Vital statistics of India. Vol. VI, European troops 1870-79
Year: 1870
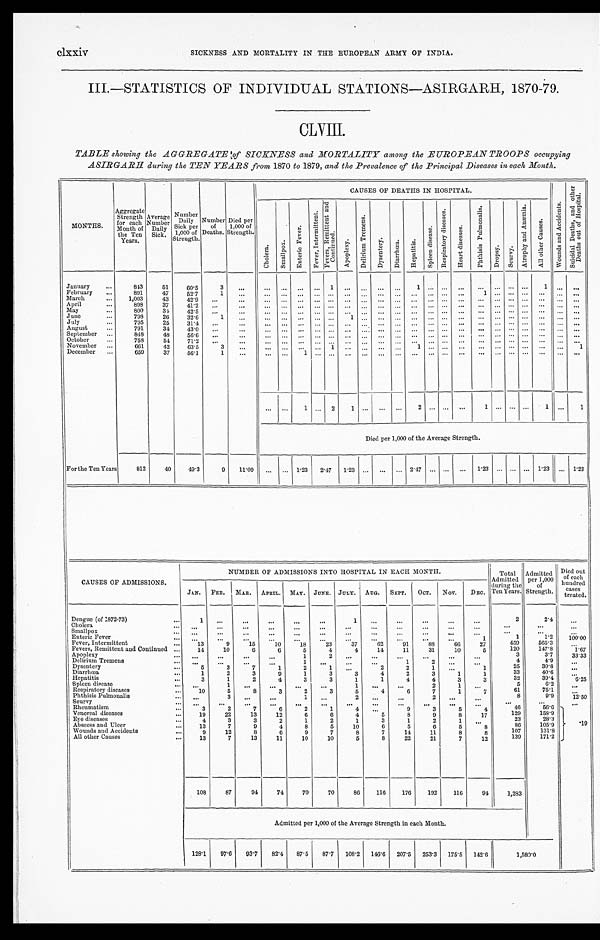
clxxiv
SICKNESS AND MORTALITY IN THE EUROPEAN ARMY OF INDIA.
III.—STATISTICS OF INDIVIDUAL STATIONS—ASIRGARH, 1870-79.
CLVIII.
TABLE showing the AGGREGATE of SICKNESS and MORTALITY among the EUROPEAN TROOPS occupying
ASIRGARH during the TEN YEARS from 1870 to 1879, and the Prevalence of the Principal Diseases in each Month.
M O N T H S .
Aggregate Strength
for each
Month of
the Ten
Years.
Average
Number Daily Sick.
Number Daily
Sick per
1,000 of
Strength.
Number of
Deaths.
Died per
1,000 of
Strength.
CAUSES OF DEATHS IN HOSPITAL.
W o u n d s a n d A c c i d e n t s .
S u i c i d a l D e a t h s , a n d o t h e r
D e a t h s o u t o f H o s p i t a l .
C h o l e r a .
S m a l l p o x .
E n t e r i c F e v e r .
F e v e r , I n t e r m i t t e n t .
F e v e r s , R e m i t t e n t a n d
C o n t i n u e d .
A p o p l e x y .
D e l i r i u m T r e m e n s .
D y s e n t e r y .
D i a r r h œ a . H e p a t i t i s .
S p l e e n d i s e a s e .
R e s p i r a t o r y d i s e a s e s .
H e a r t d i s e a s e s .
P h t h i s i s P u l m o n a l i s .
D r o p s y .
S c u r v y .
A t r o p h y a n d A n æ m i a .
A l l o t h e r C a u s e s .
January
843 51 60.5
3
1
1
1
February
891
47 52.7
1
1
March
1,003
43 42.9
April
898
37 41.2
May
800
34 42.5
June
798 26 32.6
1
1
July
795 25 31.4
August
791
34 43.0
September
848
48 56.6
October
758
54 71.2
November
661
42 63.5
3
1
1
1
December
659
37 56.1
1
1
1 2 1
2
1
1
1
Died per 1,000 of the Average Strength.
For the Ten Years
812
40 49.3
9 11.09
1.23 2. 47 1.23
2.47
1.23
1.23
1. 23
CAUSES OF ADMISSIONS.
NUMBER OF ADMISSIONS INTO HOSPITAL IN EACH MONTH.
Total
Admitted during the
Ten Years.
Admitted per 1,000
of
Strength
Diedo ut of each
hundre
d
cases
treated.
JAN. FEB.
M A R .
APRIL. MAY. JUNE. JULY. AUG. SEPT. OCT. NOV. DEC.
Dengue (of 1872-73)
1
1
2
2. 4
Cholera Smallpox Enteric Fever
1
1
1. 2 100. 00
Fever, Intermittent
1 3
9
15
10
1 8
23
37
62
91
88
66
27
459
565.3
Fevers, Remittent and Continued
14
10
6
6
5
4
4
14
11
31
10
5120 147.8
1.67
Apoplexy
1 2
3
3. 7
33.33
Delirium Tremens
1
1
2
4
4. 9
Dysentery
5
3
7
1
2
1
2
2
1
1
25
30.8
Diarrhoea Hepatitis
1 3
2 1
3 2
9 4
1 3
3 3
3 1
4 1
2 4
3
4
1 3
1 3
33 32
40.6 39.4
6. 25
Spleen disease
1
1
2
1
5
6. 2
Respiratory diseases
10
5
8
3
2
3
5
4
6
7
1
7
61
75.1
P h t h i s i s P u l m o n a l i s
3
1
2
2
8
9. 9
12.50
Scurvy Rheumatism
3
2
7
6
2
1
4
9
3
5
4
46
56.6
. 1
9
Venereal diseases
19
22
13
12
6
6
4
5
8
9
8
17
129
158.9
Eye diseases
4
3
3
2
1
2
1
3
1
2
1
23
28. 3
Abscess and Ulcer
13
7
9
4
8
5
10
6
5
6
5
8
86
105.9
Wounds and Accidents
9 12
8
6
9
7
8
7
14
11
8
8
107
131.8
All other Causes
13
7
13
11
10
10
5
8
22
21
7
12
139
171.2
108
87
94
74 70
70
86 116 176 192 116
94 1,283
Admitted per 1,000 of the Average Strength in each Month.
128.1 97.6 93.7 82.4 87.5 87.7 108.2 146.6 207.5 253.3 175.5 142.6
1 , 5 8 0 . 0